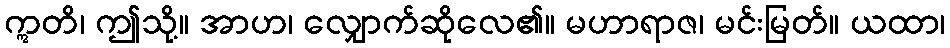
ဣတိ၊ ဤသို့။ အာဟ၊ လျှောက်ဆိုလေ၏။ မဟာရာဇ၊ မင်းမြတ်။ ယထာ၊